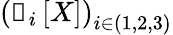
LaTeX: \left(\boldsymbol{\mathscr{e}}_{i}\left[X\right]\right)_{i\in(1,2,3)}